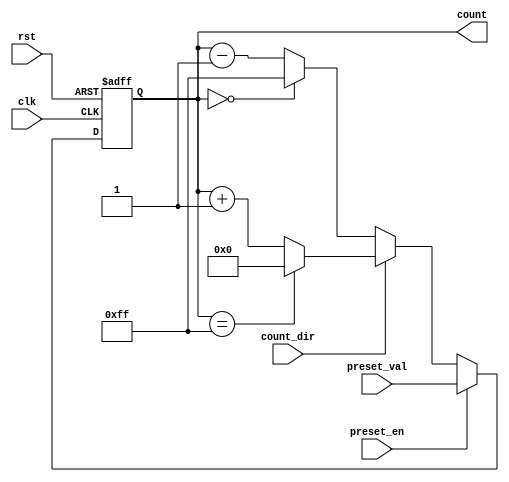
module presettable_counter (
    input wire clk,               // Clock signal
    input wire rst,               // Asynchronous reset
    input wire preset_en,         // Preset enable signal
    input wire [7:0] preset_val,  // Preset value (8-bit)
    input wire count_dir,         // Count direction (1 for up, 0 for down)
    output reg [7:0] count        // Current count value (8-bit)
);

    // Define the maximum count value (for an 8-bit counter)
    parameter MAX_COUNT = 8'hFF;

    // Asynchronous reset and preset functionality
    always @(posedge clk or posedge rst) begin
        if (rst) begin
            count <= 8'b0;          // Reset counter to 0
        end else if (preset_en) begin
            count <= preset_val;    // Load preset value
        end else begin
            // Counting operation based on the count_dir signal
            if (count_dir) begin
                // Count Up
                if (count == MAX_COUNT) 
                    count <= 8'b0;  // Wrap around to 0
                else 
                    count <= count + 1;
            end else begin
                // Count Down
                if (count == 8'b0) 
                    count <= MAX_COUNT; // Wrap around to MAX_COUNT
                else 
                    count <= count - 1;
            end
        end
    end

endmodule